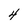
Character: 4